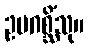
ဥပဂစ္ဆိံသု။